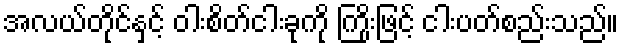
အလယ်တိုင်နှင့် ဝါးစိတ်ငါးခုကို ကြိုးဖြင့် ငါးပတ်စည်းသည်။